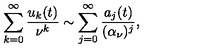
\sum _ { k = 0 } ^ { \infty } { \frac { u _ { k } ( t ) } { \nu ^ { k } } } \sim \sum _ { j = 0 } ^ { \infty } { \frac { a _ { j } ( t ) } { ( \alpha _ { \nu } ) ^ { j } } } ,